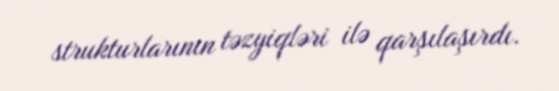
strukturlarının təzyiqləri ilə qarşılaşırdı.